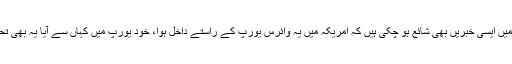
امریکی میڈیا میں ایسی خبریں بھی شائع ہو چکی ہیں کہ امریکہ میں یہ وائرس یورپ کے راستے داخل ہوا، خود یورپ میں کہاں سے آیا یہ بھی تحقیق طلب ہے۔